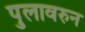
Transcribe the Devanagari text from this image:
पुलावरुन